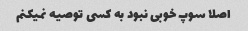
اصلا سوپ‌ خوبی نبود به کسی توصیه نمیکنم